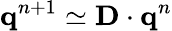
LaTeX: \textbf{q}^{n+1}\simeq\textbf{D}\cdot\textbf{q}^{n}